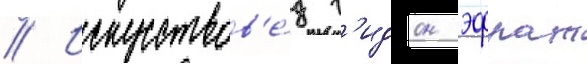
// Искусствов'е́д г'идон эфрат